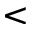
<